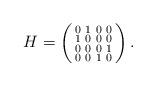
LaTeX: \begin{align*} H = \left( \begin{smallmatrix} 0 & 1 & 0 & 0 \\1 & 0 & 0 & 0 \\0 & 0 & 0 & 1\\0 & 0 & 1 & 0 \end{smallmatrix} \right).\end{align*}